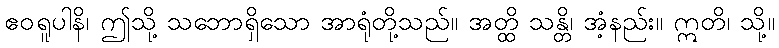
ဧဝရူပါနိ၊ ဤသို့ သဘောရှိသော အာရုံတို့သည်။ အတ္ထိ သန္တိ၊ အံ့နည်း။ ဣတိ၊ သို့။